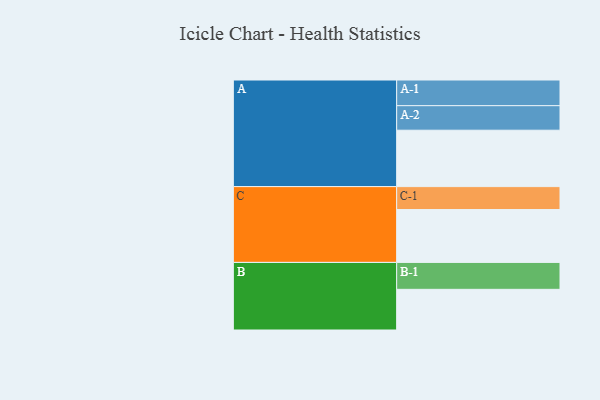
{"axis": {"x": "Segment", "y": "Value"}, "legend": ["", "A", "B", "C"], "data": [{"x": "A", "y": 591, "type": ""}, {"x": "B", "y": 426, "type": ""}, {"x": "C", "y": 554, "type": ""}, {"x": "A-1", "y": 269, "type": "A"}, {"x": "A-2", "y": 257, "type": "A"}, {"x": "B-1", "y": 282, "type": "B"}, {"x": "C-1", "y": 240, "type": "C"}]}